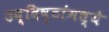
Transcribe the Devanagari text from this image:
उद्दिष्टांमध्ये